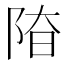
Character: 𨹞